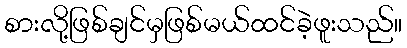
စားလို့ဖြစ်ချင်မှဖြစ်မယ်ထင်ခဲ့ဖူးသည်။